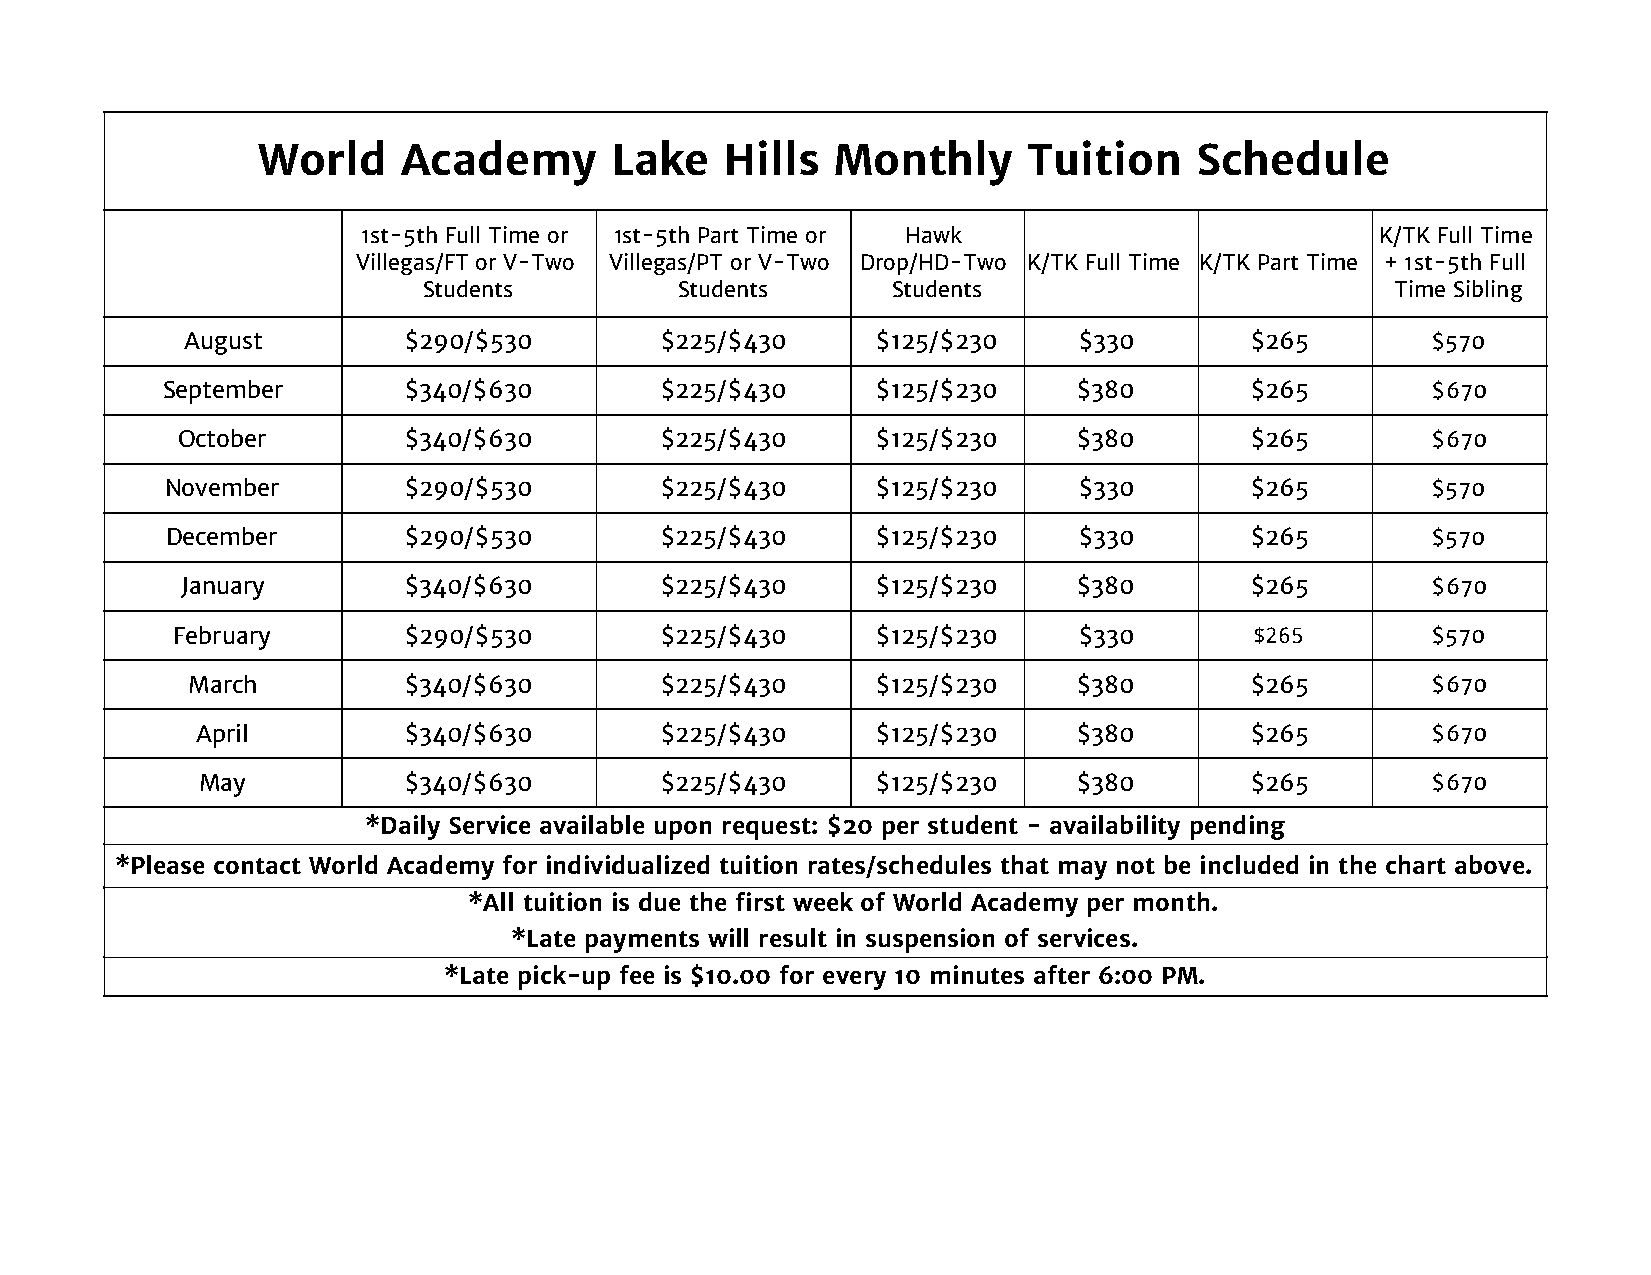
World     Academy      Lake    Hills  Monthly      Tuition    Schedule
 1st-5th Full Time or 1st-5th Part Time or Hawk                     K/TK Full Time
 Villegas/FT or V-Two Villegas/PT or V-Two Drop/HD-Two K/TK Full Time K/TK Part Time + 1st-5th Full
 Students         Students      Students                         Time Sibling
 August         $290/$530        $225/$430     $125/$230    $330)       $265)       $570
 September       $340/$630        $225/$430     $125/$230    $380)       $265)       $670
 October        $340/$630        $225/$430     $125/$230    $380)       $265)       $670
 November        $290/$530        $225/$430     $125/$230    $330)       $265)       $570
 December        $290/$530        $225/$430     $125/$230    $330)       $265)       $570
 January        $340/$630        $225/$430     $125/$230    $380)       $265)       $670
 February        $290/$530        $225/$430     $125/$230    $330)       $265)       $570
 March          $340/$630        $225/$430     $125/$230    $380)       $265)       $670
 April         $340/$630        $225/$430     $125/$230    $380)       $265)       $670
 May           $340/$630        $225/$430     $125/$230    $380)       $265)       $670
 *Daily Service available upon request: $20 per student - availability pending
 *Please contact World Academy for individualized tuition rates/schedules that may not be included in the chart above.
 *All tuition is due the first week of World Academy per month.
 *Late payments will result in suspension of services.
 *Late pick-up fee is $10.00 for every 10 minutes after 6:00 PM.